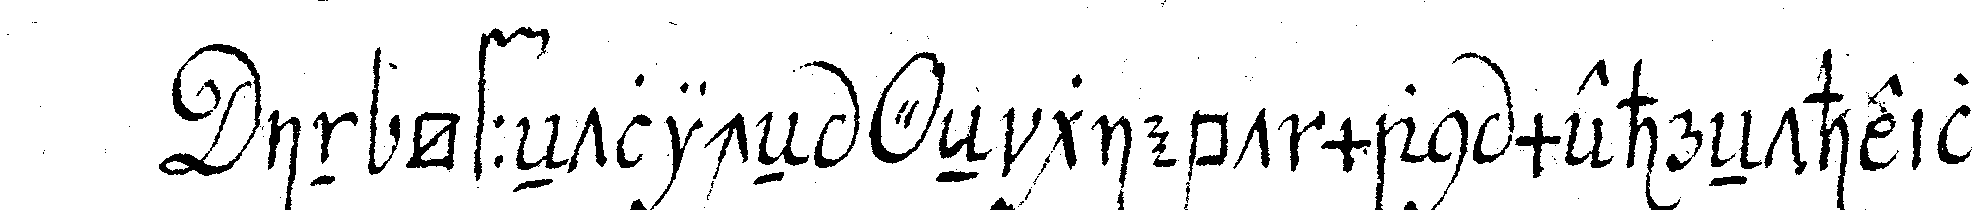
in öffeNtlicheN *o* eN giebt man mehreNtheils